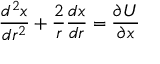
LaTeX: \frac { d ^ { 2 } x } { d r ^ { 2 } } + \frac { 2 } { r } \frac { d x } { d r } = \frac { \partial U } { \partial x }